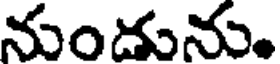
నుండును.